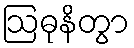
ဩဓုနိတွာ